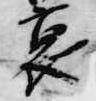
裏